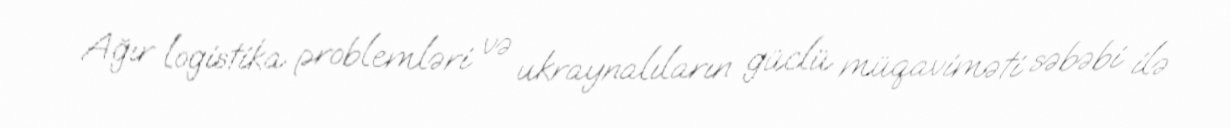
Ağır logistika problemləri və ukraynalıların güclü müqaviməti səbəbi ilə